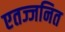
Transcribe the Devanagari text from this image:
एतज्जनित